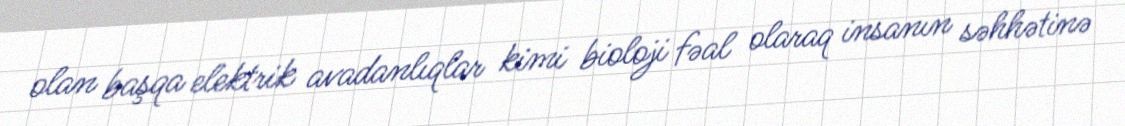
olan başqa elektrik avadanlıqlar kimi bioloji fəal olaraq insanın səhhətinə